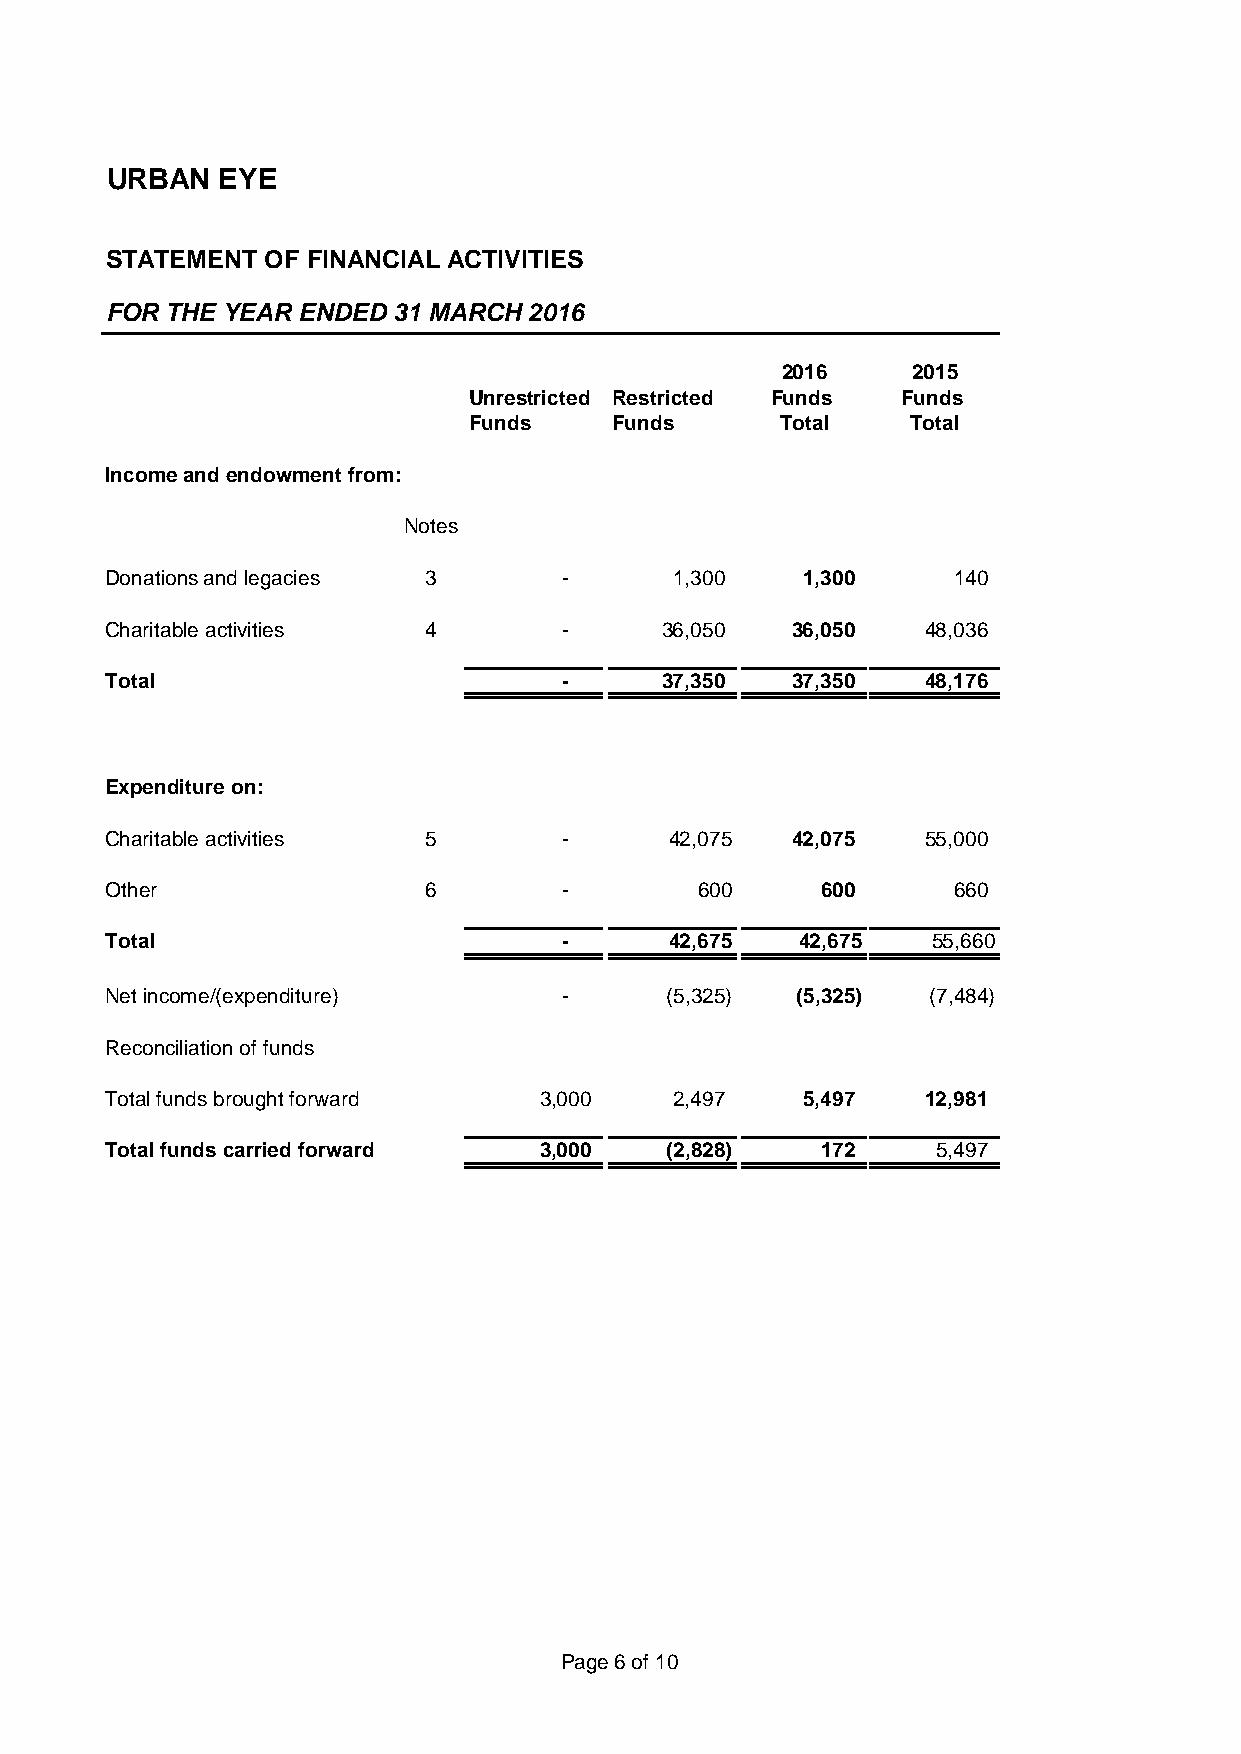
URBAN  EYE
 STATEMENT  OF FINANCIAL ACTIVITIES
 FOR THE YEAR ENDED 31 MARCH 2016
 2016    2015
 Unrestricted Restricted Funds Funds
 Funds    Funds       Total   Total
 Income and endowment from:
 Notes
 Donations and legacies 3      -       1 ,300  1,300     140
 Charitable activities 4       -      36,050  36,050   48,036
 Total                         -      37,350  37,350   48,176
 Expenditure on:
 Charitable activities 5       -      42,075  42,075   55,000
 Other                6        -        600     600      660
 Total                         -      42,675   42,675   55,660
 Net income/(expenditure)      -      (5,325)  (5,325) (7,484)
 Reconciliation of funds
 Total funds brought forward  3,000    2,497   5,497   12,981
 Total funds carried forward  3,000   (2,828)   172     5,497
 Page 6 of 10